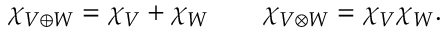
\chi _ { V \oplus W } = \chi _ { V } + \chi _ { W } \qquad \chi _ { V \otimes W } = \chi _ { V } \chi _ { W } .